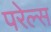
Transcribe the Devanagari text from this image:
परेल्स